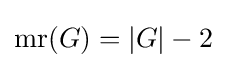
\operatorname {mr} (G)=|G|-2